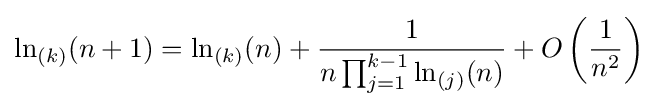
\ln _{(k)}(n+1)=\ln _{(k)}(n)+{\frac {1}{n\prod _{j=1}^{k-1}\ln _{(j)}(n)}}+O\left({\frac {1}{n^{2}}}\right)